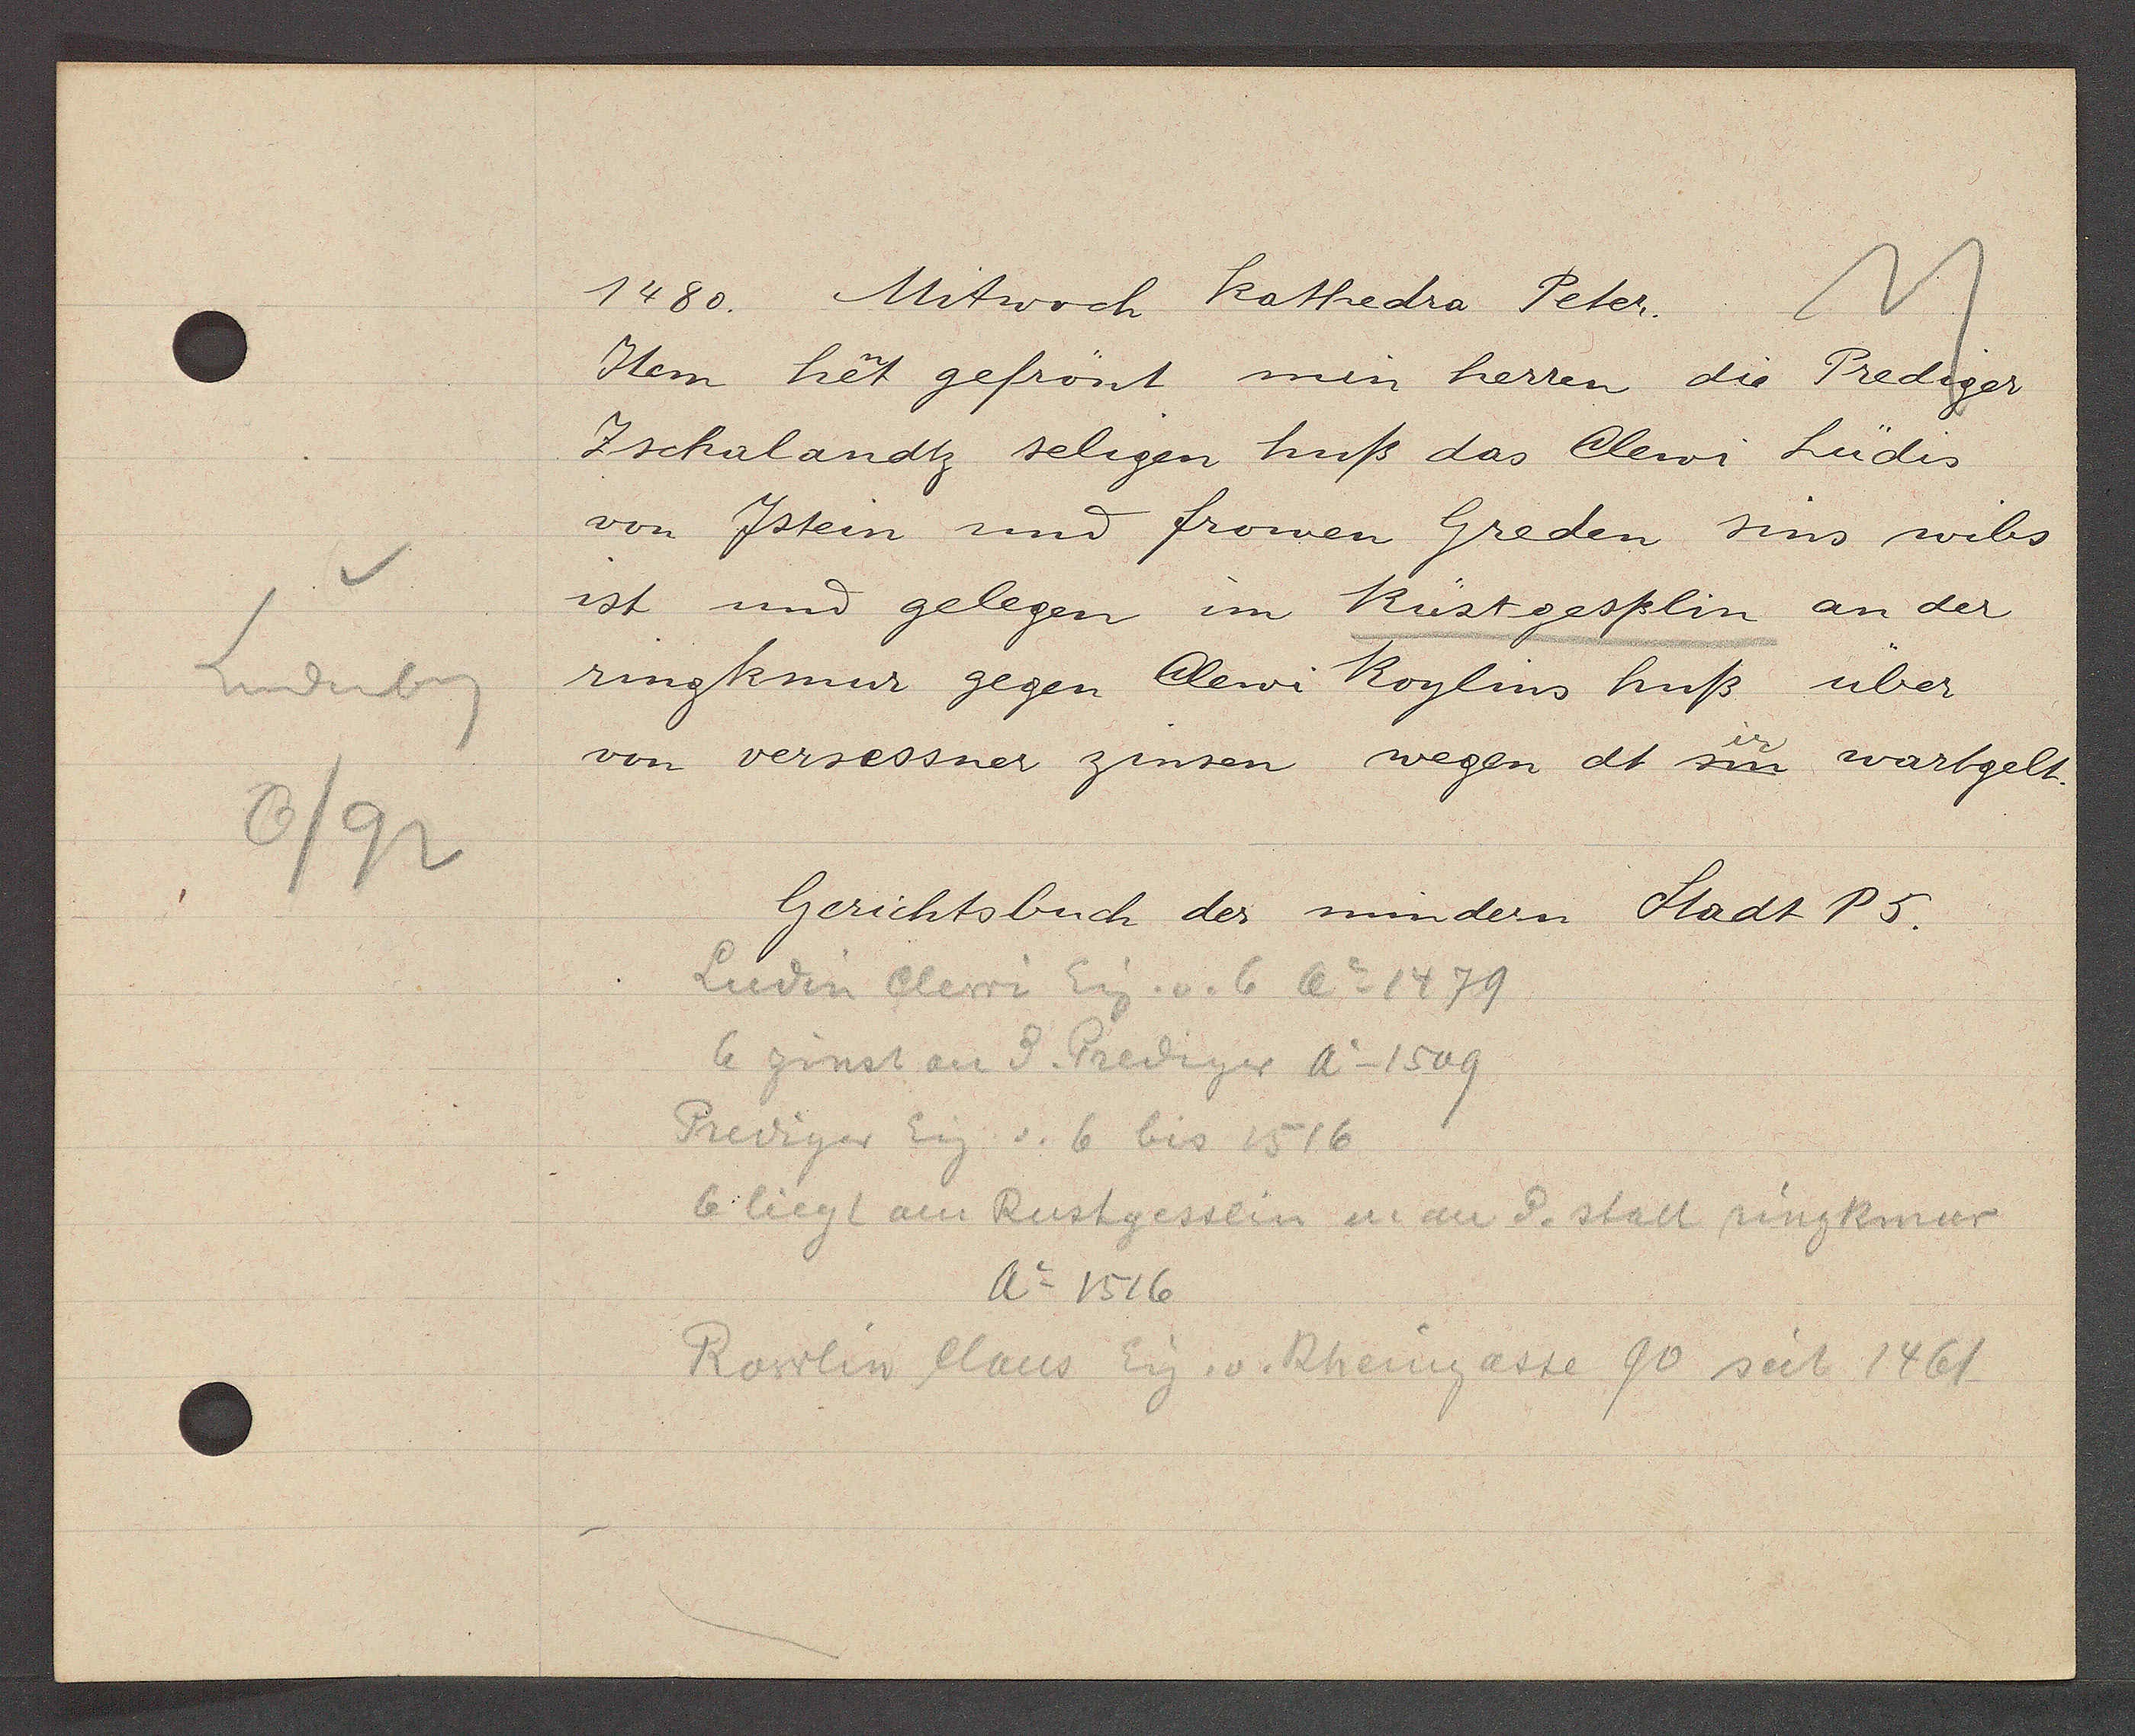
Transcript:
Lindenberg
6/92

1480. Mitwoch kathedra Peter.

Item het gefrönt min herren die Prediger
Zschalandtz seligen huß das Clewi Lüdis
von Jstein und frowen Greden sins wibs
ist und gelegen im Rüstgesslin an der
ringkmur gegen Clewi Roglins huß über
von versessner zinsen wegen dt sm wartgelt.

Gerichtsbuch der mindern Stadt P5.

Ludin Clewi Eig. v. 6 Ao 1479
6 zinst an d. Prediger Ao 1509
Prediger Eig. v. 6 bis 1516
6 liegt am Rustgesslin u. an d. statt ringkmur
Rowlin Haus Eig. v. Rheingasse 90 seit 1461
Ao 1516